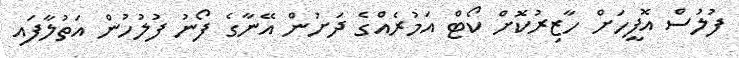
ފުލުސް އޮފީހަށް ހާޒިރުކޮށް ކޯޓް އަމުރެއްގެ ދަށުން އޭނާގެ ފޯނު ފުލުހުން އަތުލާފައި